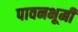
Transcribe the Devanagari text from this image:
पावनभूमी